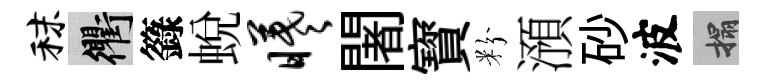
秣衢籙蛻曦闍寳粉澦砂波搨